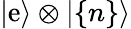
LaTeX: |\mathrm{e}\rangle\otimes|\{ n\} \rangle